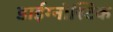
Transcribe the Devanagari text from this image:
डाईग्नोस्टिक